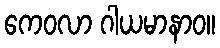
ကေဝလာ ဂါယမာနာဝ။